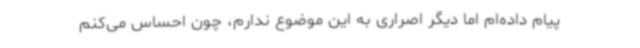
پیام داده‌ام اما دیگر اصراری به این موضوع ندارم، چون احساس می‌کنم